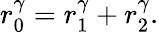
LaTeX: \begin{array}{r}{r_{0}^{\gamma}=r_{1}^{\gamma}+r_{2}^{\gamma}.}\end{array}